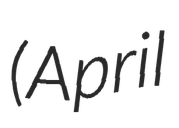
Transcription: (April